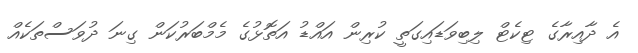
އެ ދާއިރާގެ ޓިކެޓް ލިބިވަޑައިގަތީ ކުރިން އައްޑު އަތޮޅުގެ މެމްބަރުކަން ގިނަ ދުވަސްތަކެއް